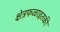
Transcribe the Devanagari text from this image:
क्षेत्रफळाइतकी